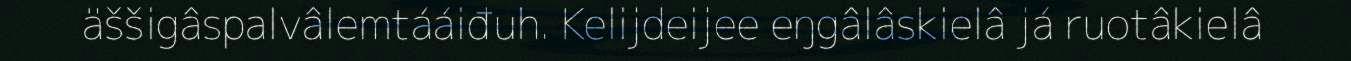
äššigâspalvâlemtááiđuh. Kelijdeijee eŋgâlâskielâ já ruotâkielâ